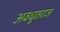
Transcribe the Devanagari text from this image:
अवधूतराज